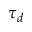
\tau _ { d }